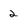
Character: 2